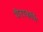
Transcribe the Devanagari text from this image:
यैराकर्णि